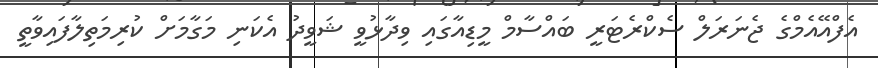
އެފްއޭއެމްގެ ޖެނަރަލް ސެކްރެޓަރީ ބައްސާމް މީޑިއާގައި ވިދާޅުވީ ޝަވީދު އެކަނި މަގާމަށް ކުރިމަތިލާފައިވާތީ